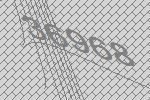
36968